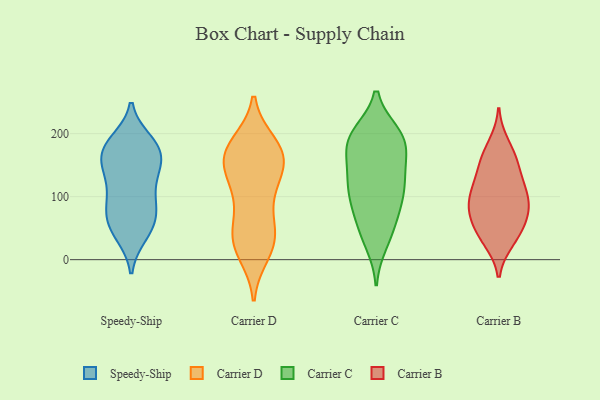
{"axis": {"x": "Active Users", "y": "Value"}, "legend": ["Carrier B", "Carrier C", "Carrier D", "Speedy-Ship"], "data": [{"x": "", "y": 93, "type": "Speedy-Ship"}, {"x": "", "y": 101, "type": "Speedy-Ship"}, {"x": "", "y": 83, "type": "Speedy-Ship"}, {"x": "", "y": 181, "type": "Speedy-Ship"}, {"x": "", "y": 39, "type": "Speedy-Ship"}, {"x": "", "y": 144, "type": "Speedy-Ship"}, {"x": "", "y": 40, "type": "Speedy-Ship"}, {"x": "", "y": 124, "type": "Speedy-Ship"}, {"x": "", "y": 58, "type": "Speedy-Ship"}, {"x": "", "y": 179, "type": "Speedy-Ship"}, {"x": "", "y": 182, "type": "Speedy-Ship"}, {"x": "", "y": 188, "type": "Speedy-Ship"}, {"x": "", "y": 163, "type": "Speedy-Ship"}, {"x": "", "y": 53, "type": "Speedy-Ship"}, {"x": "", "y": 136, "type": "Speedy-Ship"}, {"x": "", "y": 177, "type": "Speedy-Ship"}, {"x": "", "y": 67, "type": "Speedy-Ship"}, {"x": "", "y": 146, "type": "Speedy-Ship"}, {"x": "", "y": 82, "type": "Speedy-Ship"}, {"x": "", "y": 157, "type": "Speedy-Ship"}, {"x": "", "y": 94, "type": "Carrier D"}, {"x": "", "y": 165, "type": "Carrier D"}, {"x": "", "y": 145, "type": "Carrier D"}, {"x": "", "y": 115, "type": "Carrier D"}, {"x": "", "y": 34, "type": "Carrier D"}, {"x": "", "y": 183, "type": "Carrier D"}, {"x": "", "y": 113, "type": "Carrier D"}, {"x": "", "y": 166, "type": "Carrier D"}, {"x": "", "y": 40, "type": "Carrier D"}, {"x": "", "y": 173, "type": "Carrier D"}, {"x": "", "y": 174, "type": "Carrier D"}, {"x": "", "y": 164, "type": "Carrier D"}, {"x": "", "y": 11, "type": "Carrier D"}, {"x": "", "y": 24, "type": "Carrier D"}, {"x": "", "y": 28, "type": "Carrier D"}, {"x": "", "y": 53, "type": "Carrier D"}, {"x": "", "y": 150, "type": "Carrier D"}, {"x": "", "y": 26, "type": "Carrier C"}, {"x": "", "y": 53, "type": "Carrier C"}, {"x": "", "y": 169, "type": "Carrier C"}, {"x": "", "y": 66, "type": "Carrier C"}, {"x": "", "y": 194, "type": "Carrier C"}, {"x": "", "y": 107, "type": "Carrier C"}, {"x": "", "y": 182, "type": "Carrier C"}, {"x": "", "y": 162, "type": "Carrier C"}, {"x": "", "y": 141, "type": "Carrier C"}, {"x": "", "y": 78, "type": "Carrier C"}, {"x": "", "y": 136, "type": "Carrier C"}, {"x": "", "y": 196, "type": "Carrier C"}, {"x": "", "y": 36, "type": "Carrier C"}, {"x": "", "y": 130, "type": "Carrier C"}, {"x": "", "y": 200, "type": "Carrier C"}, {"x": "", "y": 199, "type": "Carrier C"}, {"x": "", "y": 193, "type": "Carrier C"}, {"x": "", "y": 111, "type": "Carrier C"}, {"x": "", "y": 102, "type": "Carrier C"}, {"x": "", "y": 101, "type": "Carrier C"}, {"x": "", "y": 155, "type": "Carrier B"}, {"x": "", "y": 117, "type": "Carrier B"}, {"x": "", "y": 162, "type": "Carrier B"}, {"x": "", "y": 144, "type": "Carrier B"}, {"x": "", "y": 73, "type": "Carrier B"}, {"x": "", "y": 97, "type": "Carrier B"}, {"x": "", "y": 31, "type": "Carrier B"}, {"x": "", "y": 113, "type": "Carrier B"}, {"x": "", "y": 39, "type": "Carrier B"}, {"x": "", "y": 65, "type": "Carrier B"}, {"x": "", "y": 87, "type": "Carrier B"}, {"x": "", "y": 101, "type": "Carrier B"}, {"x": "", "y": 72, "type": "Carrier B"}, {"x": "", "y": 39, "type": "Carrier B"}, {"x": "", "y": 182, "type": "Carrier B"}]}